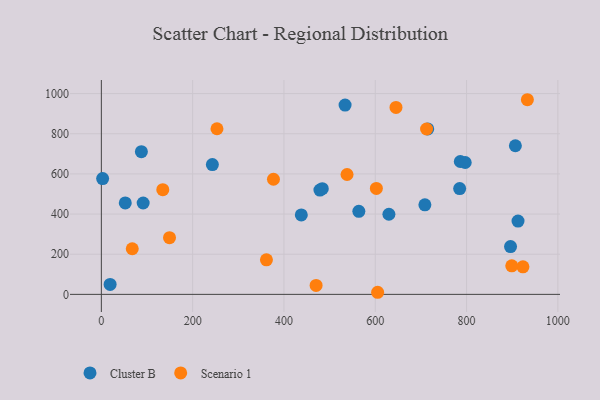
{"axis": {"x": "Speed", "y": "Demand"}, "legend": ["Cluster B", "Scenario 1"], "data": [{"x": "2.8", "y": 576.8, "type": "Cluster B"}, {"x": "243.2", "y": 646.3, "type": "Cluster B"}, {"x": "478.8", "y": 519.3, "type": "Cluster B"}, {"x": "533.9", "y": 943.0, "type": "Cluster B"}, {"x": "912.7", "y": 365.1, "type": "Cluster B"}, {"x": "714.9", "y": 823.9, "type": "Cluster B"}, {"x": "438.0", "y": 395.8, "type": "Cluster B"}, {"x": "52.4", "y": 455.3, "type": "Cluster B"}, {"x": "784.9", "y": 527.1, "type": "Cluster B"}, {"x": "629.9", "y": 399.0, "type": "Cluster B"}, {"x": "786.3", "y": 661.9, "type": "Cluster B"}, {"x": "484.0", "y": 526.2, "type": "Cluster B"}, {"x": "797.0", "y": 656.8, "type": "Cluster B"}, {"x": "564.0", "y": 413.6, "type": "Cluster B"}, {"x": "906.9", "y": 740.2, "type": "Cluster B"}, {"x": "91.6", "y": 455.2, "type": "Cluster B"}, {"x": "708.7", "y": 446.0, "type": "Cluster B"}, {"x": "19.2", "y": 49.3, "type": "Cluster B"}, {"x": "896.3", "y": 238.2, "type": "Cluster B"}, {"x": "87.7", "y": 710.6, "type": "Cluster B"}, {"x": "712.4", "y": 823.6, "type": "Scenario 1"}, {"x": "923.5", "y": 137.2, "type": "Scenario 1"}, {"x": "67.7", "y": 227.3, "type": "Scenario 1"}, {"x": "933.2", "y": 969.5, "type": "Scenario 1"}, {"x": "602.4", "y": 527.9, "type": "Scenario 1"}, {"x": "253.3", "y": 824.9, "type": "Scenario 1"}, {"x": "134.6", "y": 521.5, "type": "Scenario 1"}, {"x": "605.2", "y": 10.4, "type": "Scenario 1"}, {"x": "377.0", "y": 573.5, "type": "Scenario 1"}, {"x": "149.3", "y": 282.5, "type": "Scenario 1"}, {"x": "899.0", "y": 141.9, "type": "Scenario 1"}, {"x": "538.2", "y": 597.0, "type": "Scenario 1"}, {"x": "361.6", "y": 171.9, "type": "Scenario 1"}, {"x": "645.4", "y": 931.1, "type": "Scenario 1"}, {"x": "470.4", "y": 44.5, "type": "Scenario 1"}]}